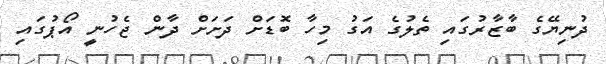
ދުނިޔޭގެ ބާޒާރުގައި ތެލުގެ އަގު މިހާ ބޮޑަށް ދަށަށް ދާން ޖެހުނީ އޯޕުގައި